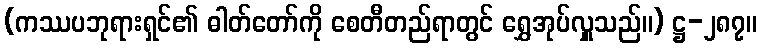
(ကဿပဘုရားရှင်၏ ဓါတ်တော်ကို စေတီတည်ရာတွင် ရွှေအုပ်လှူသည်။) ဋ္ဌ-၂၈၇။